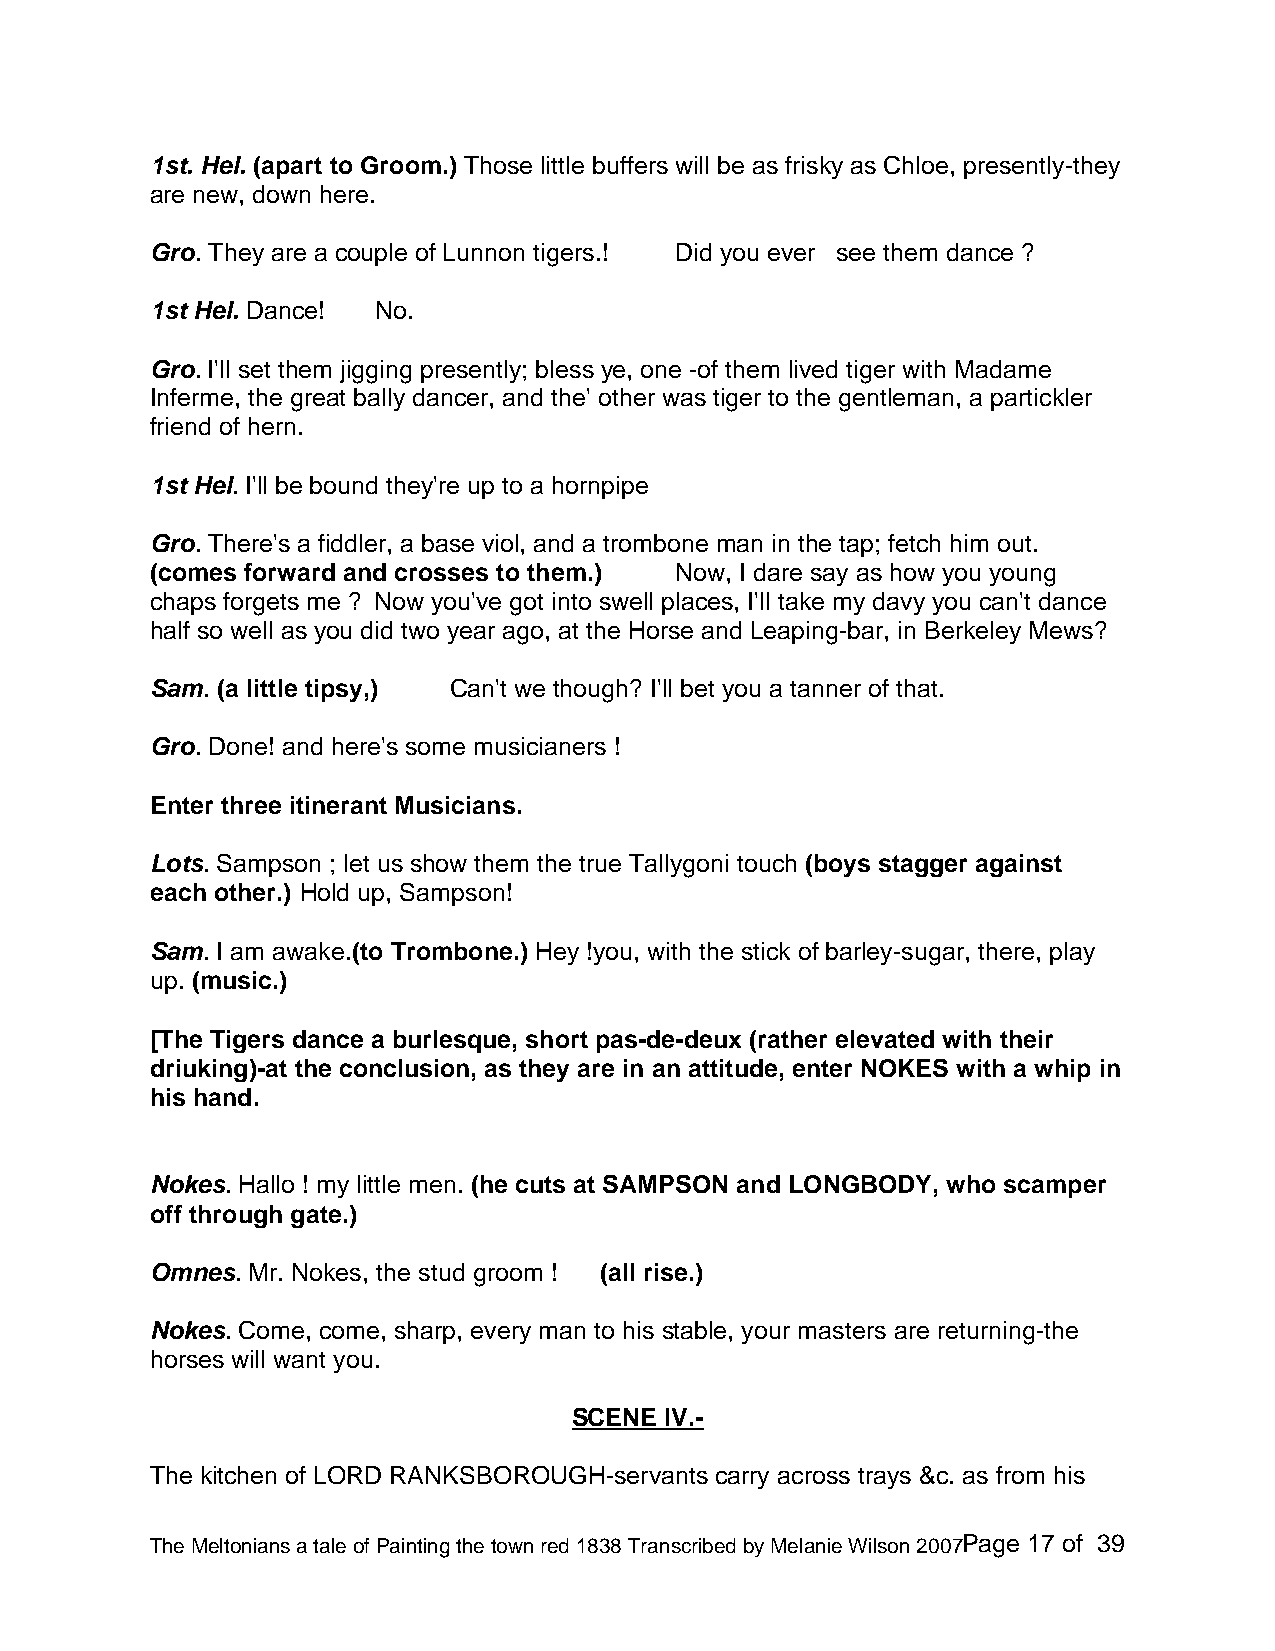
1st. Hel. (apart to Groom.) Those little buffers will be as frisky as Chloe, presently-they
 are new, down here.
 Gro. They are a couple of Lunnon tigers.! Did you ever see them dance ?
 1st Hel. Dance! No.
 Gro. I'll set them jigging presently; bless ye, one -of them lived tiger with Madame
 Inferme, the great bally dancer, and the' other was tiger to the gentleman, a partickler
 friend of hern.
 1st Hel. I'll be bound they're up to a hornpipe
 Gro. There's a fiddler, a base viol, and a trombone man in the tap; fetch him out.
 (comes forward and crosses to them.) Now, I dare say as how you young
 chaps forgets me ? Now you've got into swell places, I'll take my davy you can't dance
 half so well as you did two year ago, at the Horse and Leaping-bar, in Berkeley Mews?
 Sam. (a little tipsy,) Can't we though? I'll bet you a tanner of that.
 Gro. Done! and here's some musicianers !
 Enter three itinerant Musicians.
 Lots. Sampson ; let us show them the true Tallygoni touch (boys stagger against
 each other.) Hold up, Sampson!
 Sam. I am awake.(to Trombone.) Hey !you, with the stick of barley-sugar, there, play
 up. (music.)
 [The Tigers dance a burlesque, short pas-de-deux (rather elevated with their
 driuking)-at the conclusion, as they are in an attitude, enter NOKES with a whip in
 his hand.
 Nokes. Hallo ! my little men. (he cuts at SAMPSON and LONGBODY, who scamper
 off through gate.)
 Omnes. Mr. Nokes, the stud groom ! (all rise.)
 Nokes. Come, come, sharp, every man to his stable, your masters are returning-the
 horses will want you.
 SCENE IV.-
 The kitchen of LORD RANKSBOROUGH-servants carry across trays &c. as from his
 The Meltonians a tale of Painting the town red 1838 Transcribed by Melanie Wilson 2007Page 17 of 39